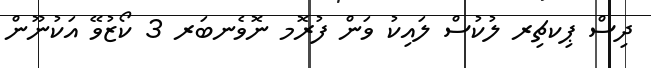
ދިސް ޕިކޗިރ ލުކުސް ލަައިކު ވަން ފުރޮމ ނޮވެނބަރ 3 ކޯޒުވޭ އަކުނޫން